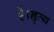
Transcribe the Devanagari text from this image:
हैं।नॄत्य